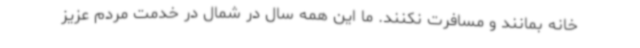
خانه بمانند و مسافرت نکنند. ما این همه سال در شمال در خدمت مردم عزیز